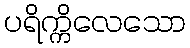
ပရိက္ကိလေသော